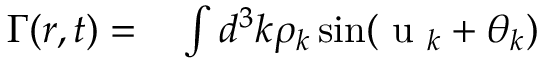
\begin{array} { r l } { \Gamma ( \boldsymbol { r } , t ) = } & { { } \int d ^ { 3 } \boldsymbol { k } \rho _ { \boldsymbol { k } } \sin ( \mathrm { ~ u ~ } _ { \boldsymbol { k } } + \theta _ { \boldsymbol { k } } ) } \end{array}